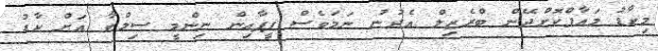
މިކާޑު މައާފްކޮށްދޭން ބްރެޒިލް އެދުނު ނަމަވެސް ފީފާއިން ނިންމީ ސިލްވާ އަށް ކާޑު